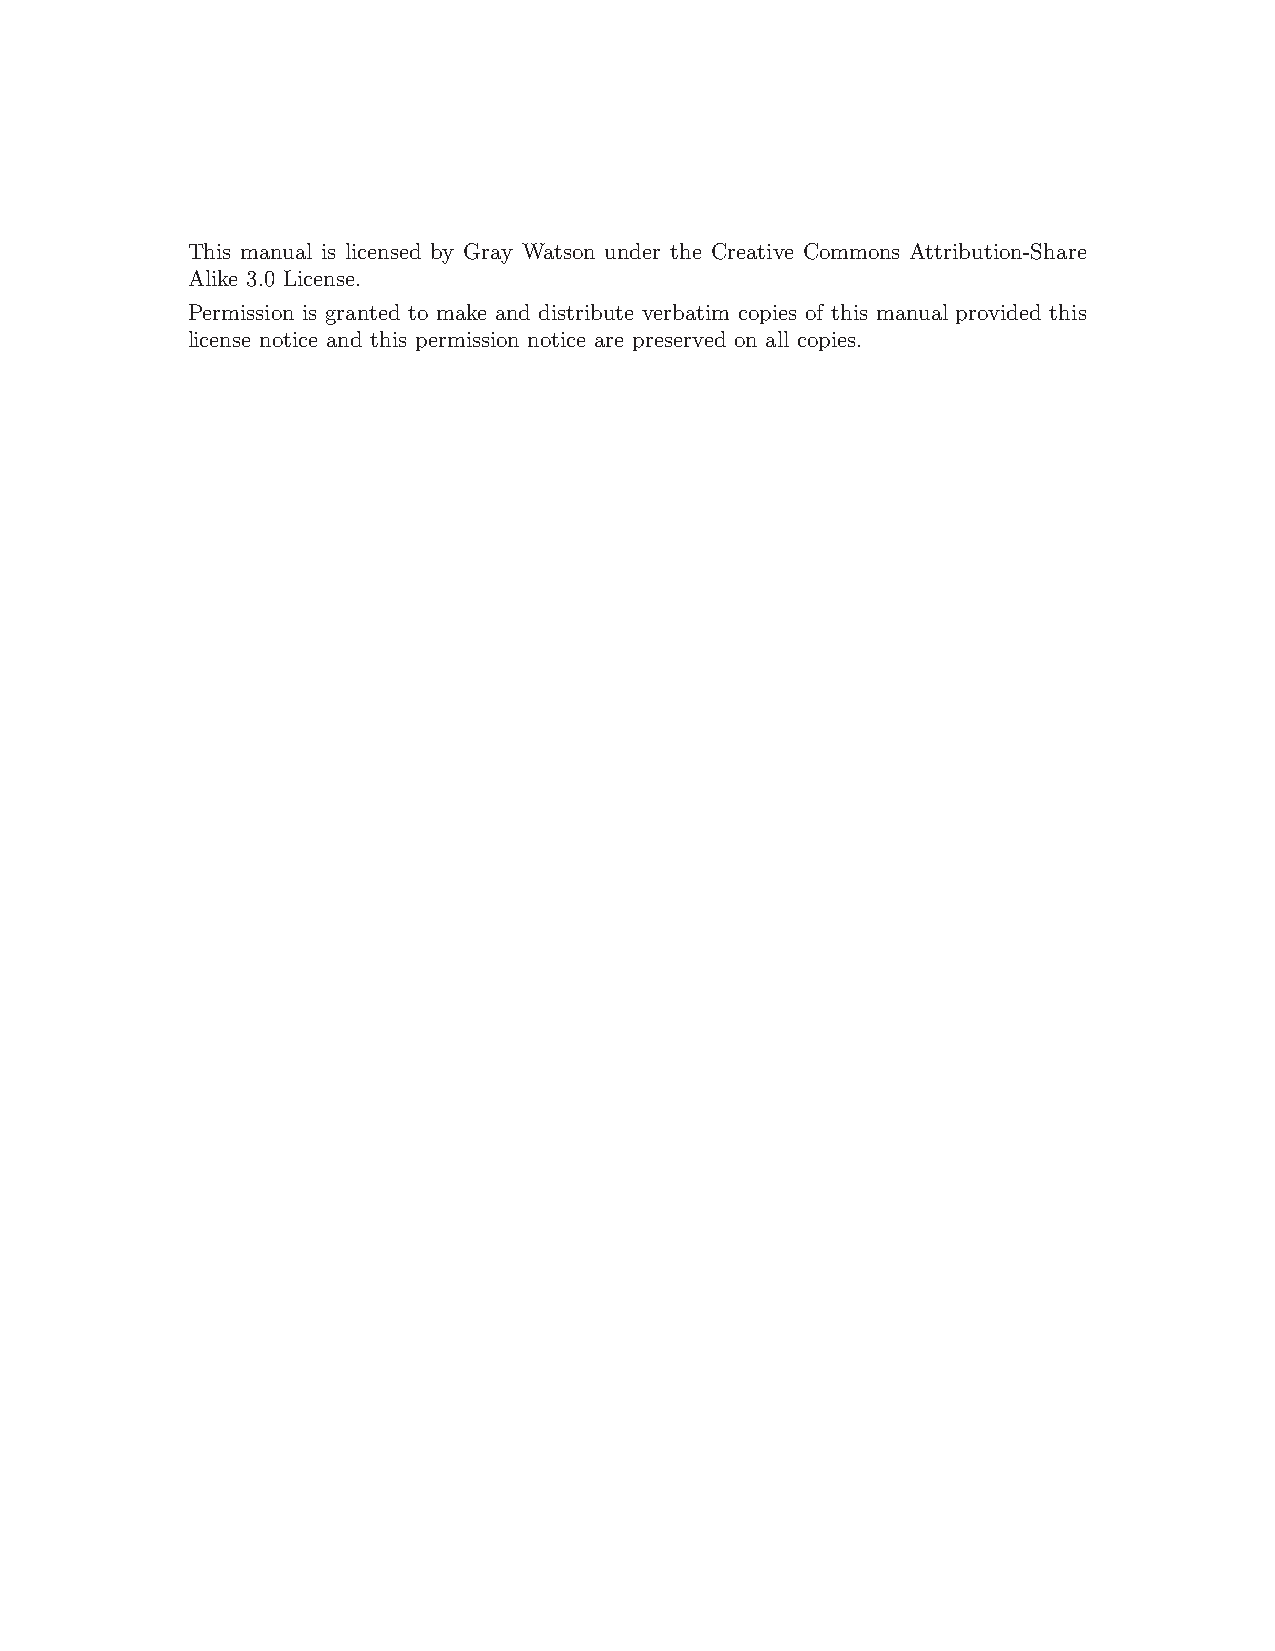
This manual is licensed by Gray Watson under the Creative Commons Attribution-Share
 Alike 3.0 License.
 Permission is granted to make and distribute verbatim copies of this manual provided this
 license notice and this permission notice are preserved on all copies.